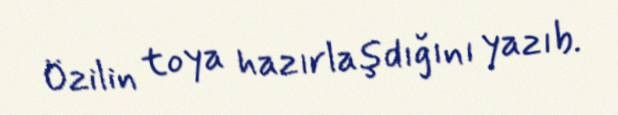
Özilin toya hazırlaşdığını yazıb.